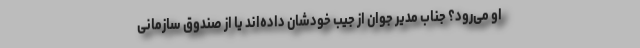
او می‌رود؟ جناب مدیر جوان از جیب خودشان داده‌اند یا از صندوق سازمانی